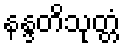
နန္ဒတိသုတ္တံ